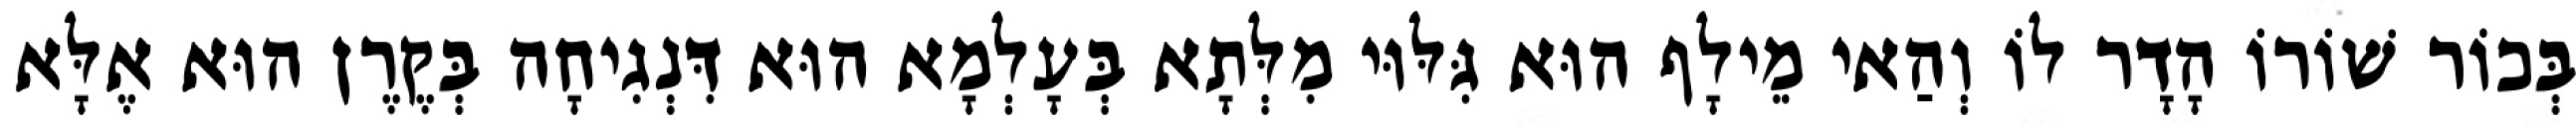
בְּכוֹר שׁוֹרוֹ הָדָר לוֹ וְהַאי מֵילָף הוּא גִּלּוּי מִלְּתָא בְּעָלְמָא הוּא דִּנְגִיחָה בְּקֶרֶן הוּא אֶלָּא